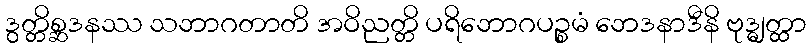
ဒွတ္တိစ္ဆဒနဿ သဘာဂတာတိ အဝိညတ္တိ ပရိဘောဂပဉ္စမံ ဘေဒနာဒီနိ ဗုဒ္ဓျတ္ထာ